Report of an investigation of the epidemic of malarial fever in Assam, or, kala-azar
Disease focus: Malaria
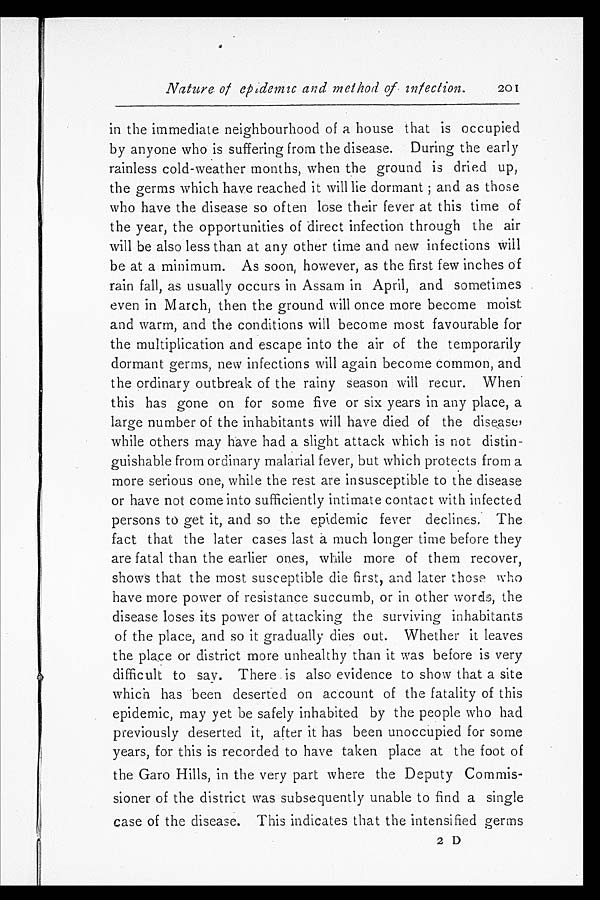
Nature of epidemic and method of infection.
201
in the immediate neighbourhood of a house that is occupied
by anyone who is suffering from the disease. During the early
rainless cold-weather months, when the ground is dried up,
the germs which have reached it will lie dormant; and as those
who have the disease so often lose their fever at this time of
the year, the opportunities of direct infection through the air
will be also less than at any other time and new infections will
be at a minimum. As soon, however, as the first few inches of
rain fall, as usually occurs in Assam in April, and sometimes
even in March, then the ground will once more become moist
and warm, and the conditions will become most favourable for
the multiplication and escape into the air of the temporarily
dormant germs, new infections will again become common, and
the ordinary outbreak of the rainy season will recur. When
this has gone on for some five or six years in any place, a
large number of the inhabitants will have died of the disease,
while others may have had a slight attack which is not distin-
guishable from ordinary malarial fever, but which protects from a
more serious one, while the rest are insusceptible to the disease
or have not come into sufficiently intimate contact with infected
persons to get it, and so the epidemic fever declines. The
fact that the later cases last a much longer time before they
are fatal than the earlier ones, while more of them recover,
shows that the most susceptible die first, and later those who
have more power of resistance succumb, or in other words, the
disease loses its power of attacking the surviving inhabitants
of the place, and so it gradually dies out. Whether it leaves
the place or district more unhealthy than it was before is very
difficult to say. There is also evidence to show that a site
which has been deserted on account of the fatality of this
epidemic, may yet be safely inhabited by the people who had
previously deserted it, after it has been unoccupied for some
years, for this is recorded to have taken place at the foot of
the Garo Hills, in the very part where the Deputy Commis-
sioner of the district was subsequently unable to find a single
case of the disease. This indicates that the intensified germs
2 D